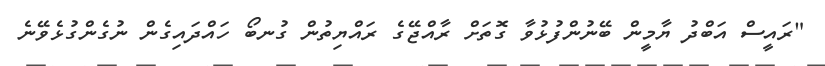
"ރައީސް އަބްދު ޔާމީން ބޭނުންފުޅުވާ ގޮތަށް ރާއްޖޭގެ ރައްޔިތުން ގުނބޯ ހައްދައިގެން ނުގެންގުޅެވޭނެ